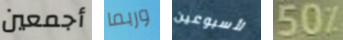
أجمعين وربما لأسبوعين 50%